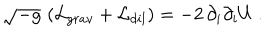
\sqrt { - g } \, \left( { \cal L } _ { g r a v } + { \cal L } _ { d i l } \right) = - 2 \, \partial _ { i } \partial _ { i } U \ .